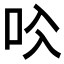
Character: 𠯱